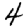
Digit: 4